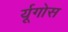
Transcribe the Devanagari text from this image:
र्यूगोस